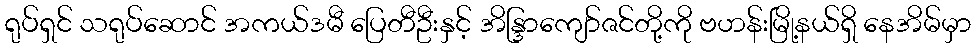
ရုပ်ရှင် သရုပ်ဆောင် အကယ်ဒမီ ပြေတီဦးနှင့် အိန္ဒြာကျော်ဇင်တို့ကို ဗဟန်းမြို့နယ်ရှိ နေအိမ်မှာ